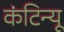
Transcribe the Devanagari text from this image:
कंटिन्यू